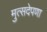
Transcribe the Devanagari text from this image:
मुत्सदेपणा